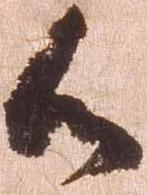
候